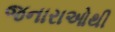
જનારાઓથી